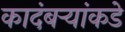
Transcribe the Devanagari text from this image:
कादंबर्‍यांकडे